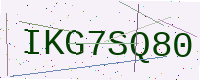
Text: IKG7SQ80